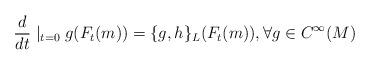
LaTeX: \begin{align*}\frac{d}{dt}\mid_{t=0}g(F_t(m))=\{g,h\}_{L}(F_t(m)),\forall g\in C^{\infty}(M)\end{align*}